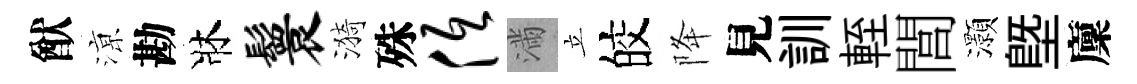
猷鿌勘牀鬟漪殊低滿立皎降見訓輊閭灝塈廩